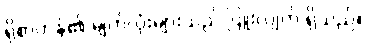
ရိုစာဟန်၏ မျက်လုံးများသည် ပြူးလျက် ရှိသည်။